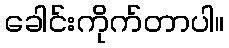
ခေါင်းကိုက်တာပါ။